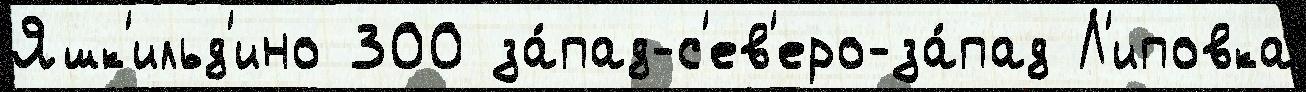
Яшк'ильд'ино 300 за́пад-с'ев'еро-за́пад Л'иповка